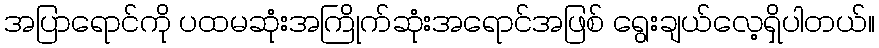
အပြာရောင်ကို ပထမဆုံးအကြိုက်ဆုံးအရောင်အဖြစ် ရွေးချယ်လေ့ရှိပါတယ်။